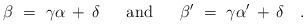
LaTeX: \begin{align*} \beta~=~\gamma\alpha \, + \, \delta~~~~~\mbox{and}~~~~~ \beta'~=~\gamma\alpha' \, + \, \delta~~~.\end{align*}